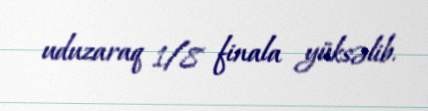
uduzaraq 1/8 finala yüksəlib.